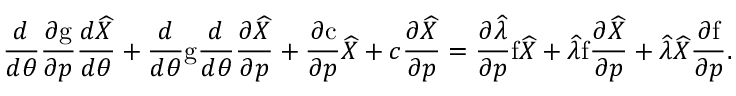
\frac { d } { d \theta } \frac { \partial \mathrm { g } } { \partial \boldsymbol { p } } \frac { d \widehat { X } } { d \theta } + \frac { d } { d \theta } \mathrm { g } \frac { d } { d \theta } \frac { \partial \widehat { X } } { \partial \boldsymbol { p } } + \frac { \partial \mathrm { c } } { \partial \boldsymbol { p } } \widehat { X } + c \frac { \partial \widehat { X } } { \partial \boldsymbol { p } } = \frac { \partial \widehat { \lambda } } { \partial \boldsymbol { p } } \mathrm { f } \widehat { X } + \widehat { \lambda } \mathrm { f } \frac { \partial \widehat { X } } { \partial \boldsymbol { p } } + \widehat { \lambda } \widehat { X } \frac { \partial \mathrm { f } } { \partial \boldsymbol { p } } .